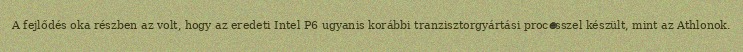
A fejlődés oka részben az volt, hogy az eredeti Intel P6 ugyanis korábbi tranzisztorgyártási processzel készült, mint az Athlonok.